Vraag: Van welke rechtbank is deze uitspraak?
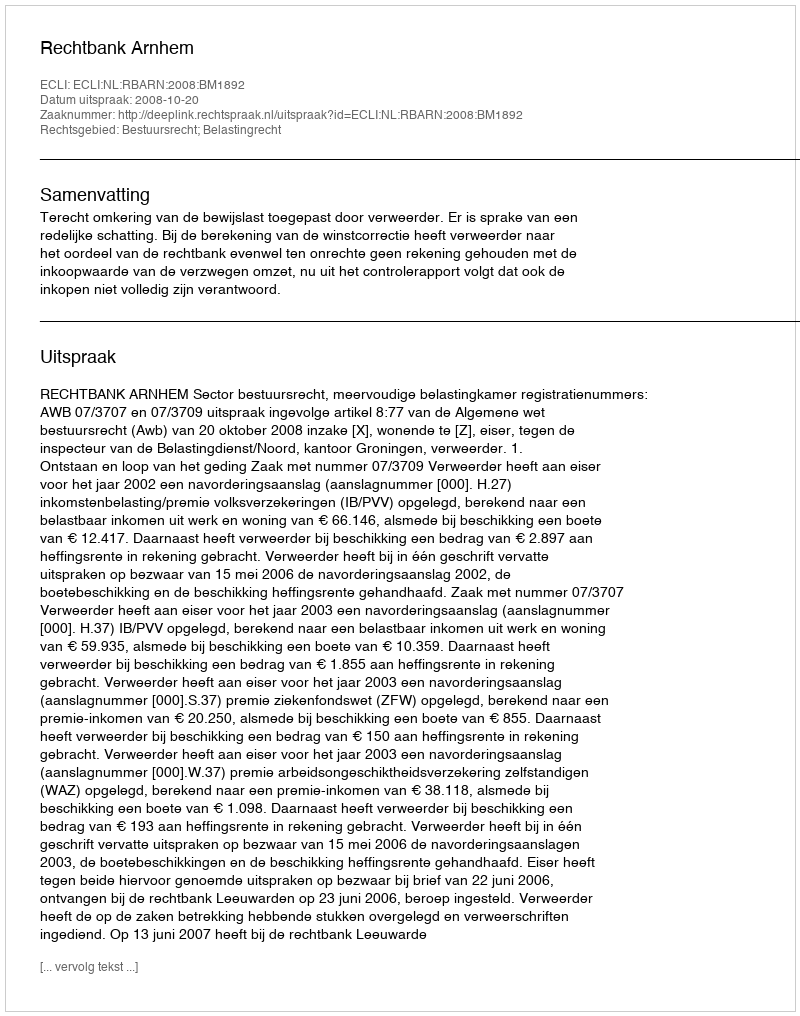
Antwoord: Rechtbank Arnhem